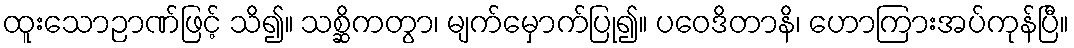
ထူးသောဉာဏ်ဖြင့် သိ၍။ သစ္ဆိကတွာ၊ မျက်မှောက်ပြု၍။ ပဝေဒိတာနိ၊ ဟောကြားအပ်ကုန်ပြီ။